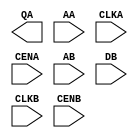
module RF2SH64x16 (
   QA,
   AA,
   CLKA,
   CENA,
   AB,
   DB,
   CLKB,
   CENB
);
   output [15:0] QA;
   input [5:0] AA;
   input CLKA;
   input CENA;
   input [5:0] AB;
   input [15:0] DB;
   input CLKB;
   input CENB;

endmodule